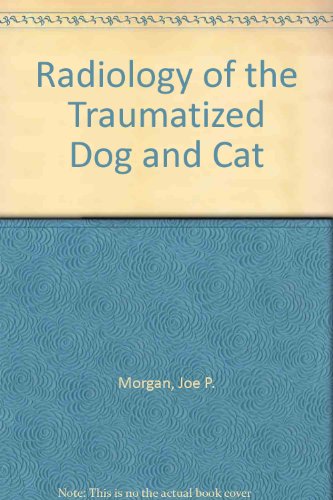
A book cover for An Atlas of Radiology of the Traumatized Dog & Cat; Joe P. Morgan; Medical Books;